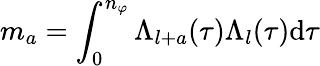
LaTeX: m_{a}=\int_{0}^{n_{\varphi}}\Lambda_{l+a}(\tau)\Lambda_{l}(\tau)\mathrm{d}\tau